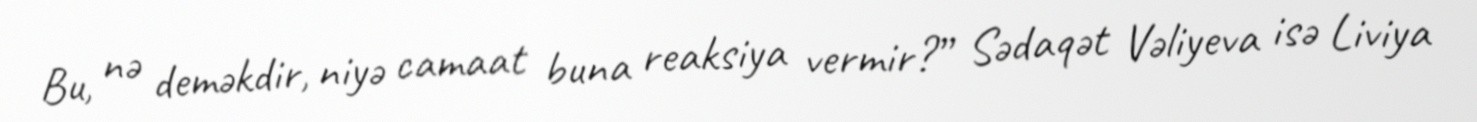
Bu, nə deməkdir, niyə camaat buna reaksiya vermir?” Sədaqət Vəliyeva isə Liviya